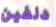
دلفين